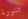
تنورة